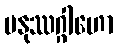
မနုဿဂ္ဂါဟော